system: You are a helpful assistant.
user:
Analyze the provided spectrum to determine if it is a **M-type Giant (gM)**.

A M-type Giant spectrum is defined by its **strong molecular absorption** features, particularly from **Titanium Oxide (TiO)**. You must check for one of the following mutually exclusive signatures:

- **Key Visual Indicators (Absorption-Dominated Spectrum):**

    - **(Primary):** The spectrum is dominated by strong molecular absorption from **Titanium Oxide (TiO)**. This is the **defining feature** of its M-type temperature class.
        - **(Key Bandheads):** Look for sharp, "saw-tooth" absorption valleys. The strongest are located near **~7050 Å**, **~6160 Å**, and **~5170 Å**.
        - **(Line Profile):** The "saw-tooth" morphology is critical: a **sharp, steep drop on the BLUE (short-wavelength) side** of the bandhead, followed by a gradual recovery (rising flux) towards the RED (long-wavelength) side.

    - **(Key Confirmation - Giant vs. Dwarf):** **ABSENCE** of strong **Calcium Hydride (CaH)** molecular bands. This is the primary diagnostic for *excluding* M-dwarfs.
        - **(Key Region):** The spectrum should lack the strong, broad absorption band seen in dwarfs between **~6800 Å and ~7000 Å**.

    - **(Secondary Confirmation - Giant):** A very strong and broad **Neutral Calcium (Ca I)** atomic absorption line.
        - **(Key Line):** Located at **~4226 Å**. In a giant (gM), this line is significantly deeper and broader than the same line in an M-dwarf (dM) due to low surface gravity.

    - **(Overall Spectrum):**
        - The continuum is **extremely red-sloping** (i.e., flux is very low in the blue and rises dramatically towards the red).
        - The entire spectrum appears "chopped up" by the deep TiO bands.

Think first, call **spectral_visualization_tool** if needed to examine features in detail, then provide your final answer. Your response must adhere to the following strict rules:
1.  **Overall Structure:** Your response must follow the format `<think>...</think> <tool_call>...</tool_call> (if a tool is used) <answer>...</answer>`.
2.  **Tool Usage Constraint:** You may only make **one** tool call per turn.
3.  **Final Answer Format:** In the `<answer>` tag, your conclusion must be inside a `\boxed{}` command (e.g., `\boxed{YES}` or `\boxed{NO}`), followed by your justification.

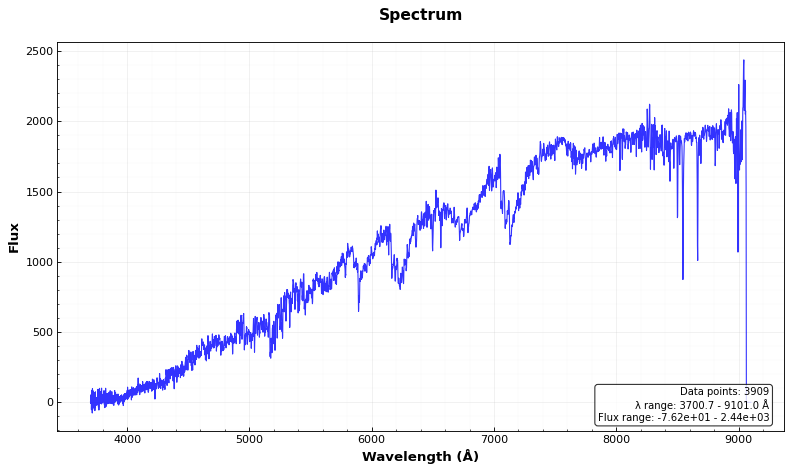
Answer: YES